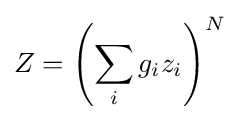
Z=\left(\sum _{i}g_{i}z_{i}\right)^{N}